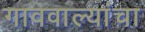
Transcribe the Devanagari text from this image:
गाववाल्यांचा